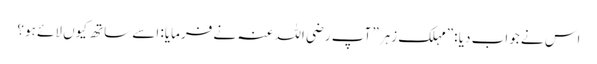
اس نے جواب دیا :”مہلک زہر” آپ رضی اللہ عنہ نے فرمایا: اسے ساتھ کیوں لائے ہو؟